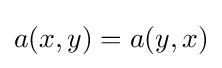
a(x,y)=a(y,x)